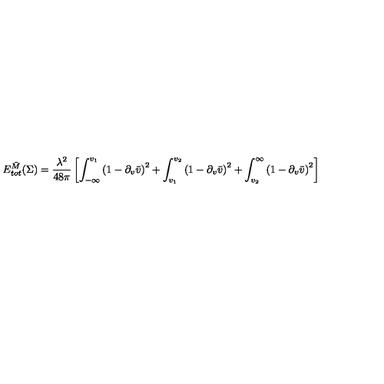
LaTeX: E _ { t o t } ^ { \bar { M } } ( \Sigma ) = { \frac { \lambda ^ { 2 } } { 4 8 \pi } } \left[ \int _ { - \infty } ^ { v _ { 1 } } \left( 1 - \partial _ { v } \bar { v } \right) ^ { 2 } + \int _ { v _ { 1 } } ^ { v _ { 2 } } \left( 1 - \partial _ { v } \bar { v } \right) ^ { 2 } + \int _ { v _ { 2 } } ^ { \infty } \left( 1 - \partial _ { v } \bar { v } \right) ^ { 2 } \right]